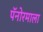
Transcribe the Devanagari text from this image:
पॅनोरमाला